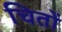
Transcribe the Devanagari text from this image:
चितों